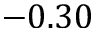
- 0 . 3 0